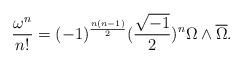
LaTeX: \begin{align*}\frac{\omega^{n}}{n!} = (-1)^{\frac{n(n-1)}{2}} (\frac{\sqrt{-1}}{2})^{n} \Omega \wedge \overline{\Omega}.\end{align*}